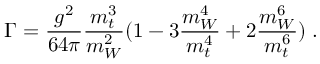
\Gamma = \frac { g ^ { 2 } } { 6 4 \pi } \frac { m _ { t } ^ { 3 } } { m _ { W } ^ { 2 } } ( 1 - 3 \frac { m _ { W } ^ { 4 } } { m _ { t } ^ { 4 } } + 2 \frac { m _ { W } ^ { 6 } } { m _ { t } ^ { 6 } } ) \; .